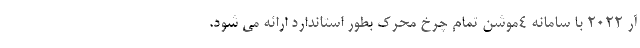
آر 2022 با سامانه 4موشن تمام چرخ محرک بطور استاندارد ارائه می شود.